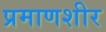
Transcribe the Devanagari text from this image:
प्रमाणशीर